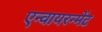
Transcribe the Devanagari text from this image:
एन्वायरन्मेंट